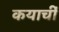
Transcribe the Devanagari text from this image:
कयाचीं